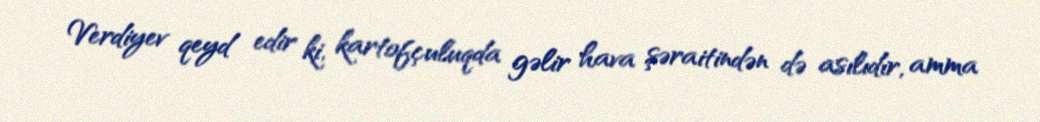
Verdiyev qeyd edir ki, kartofçuluqda gəlir hava şəraitindən də asılıdır, amma